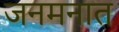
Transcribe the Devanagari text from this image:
जनमनात